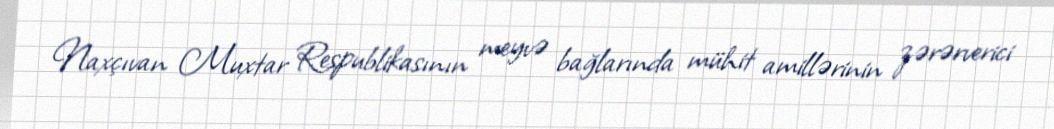
Naxçıvan Muxtar Respublikasının meyvə bağlarında mühit amillərinin zərərverici